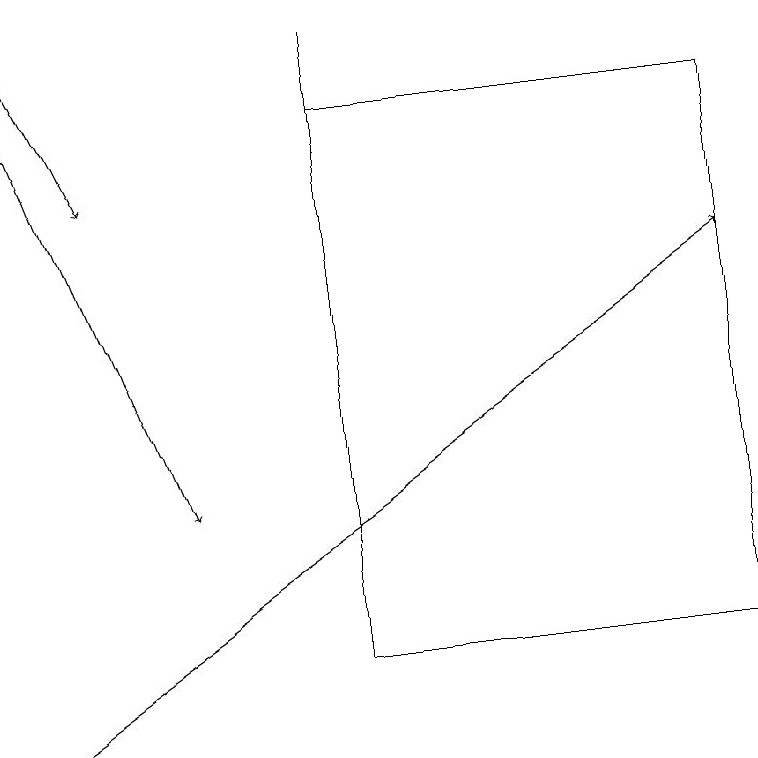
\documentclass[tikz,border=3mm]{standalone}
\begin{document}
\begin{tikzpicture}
\draw[->] (0,19) -- (1,17);
\draw (4,19) rectangle (4,16);
\draw (4,11) rectangle (9,18);
\draw[->] (0,10) -- (9,16);
\draw (3,11) rectangle (3,11);
\draw[->] (0,18) -- (2,13);
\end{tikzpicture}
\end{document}